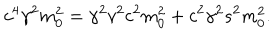
c ^ { 4 } \gamma ^ { 2 } m _ { 0 } ^ { 2 } = \gamma ^ { 2 } v ^ { 2 } c ^ { 2 } m _ { 0 } ^ { 2 } + c ^ { 2 } \gamma ^ { 2 } s ^ { 2 } m _ { 0 } ^ { 2 } .